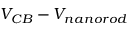
V _ { C B } - V _ { n a n o r o d }